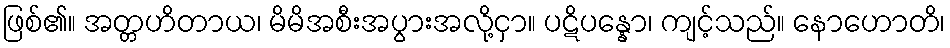
ဖြစ်၏။ အတ္တဟိတာယ၊ မိမိအစီးအပွားအလို့ငှာ။ ပဋိပန္နော၊ ကျင့်သည်။ နောဟောတိ၊